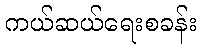
ကယ်ဆယ်ရေးစခန်း